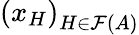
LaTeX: \left(x_{H}\right)_{H\in{\mathcal{F}}(A)}